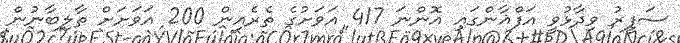
ސަފީރު ވިދާޅުވީ އަފްޣާންގައި އޮންނަ 417 އަަވަށުގެ ތެރެއިން 200 އަވަށަށް ތާލިބާނުން